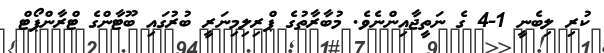
ކުރި ލިބެނީ 1-4 ގެ ނަތީޖާއިންނެވެ. މުބާރާތުގެ ޕްރިލިމިނަރީ ބުރުގައި ބޫޓާންގެ ޓްރާންޕޯޓް